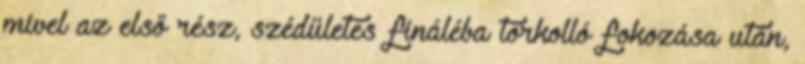
mivel az első rész, szédületes fináléba torkolló fokozása után,